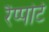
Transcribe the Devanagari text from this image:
रैप्पोर्ट